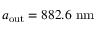
a _ { \mathrm { o u t } } = 8 8 2 . 6 \ \mathrm { n m }